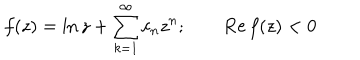
f ( z ) = \ln z + \sum _ { k = 1 } ^ { \infty } c _ { n } z ^ { n } ; \qquad \mathrm { R e } \, f ( z ) < 0